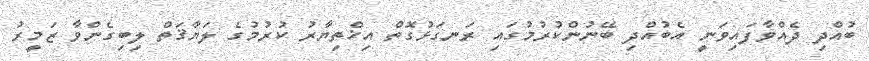
ބުއްދި ދެއްވާފައިވަނީ އެބުއްދި ބޭނުންކުރުމުގައި ރަނގަޅުގޮތް އިޚްތިޔާރު ކުރުމުގެ ލަޔާޤަތް ލިބިގެންވާ ޒަމީރު